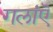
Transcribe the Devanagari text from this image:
गलांऎ